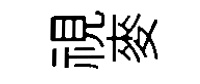
視麥